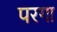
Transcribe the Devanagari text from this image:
परगा